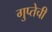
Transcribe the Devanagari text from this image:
गुप्तेची